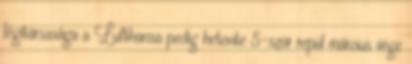
légitársasága a Lufthansa pedig hetente 5-ször repül március vége